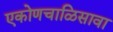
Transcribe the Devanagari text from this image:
एकोणचाळिसावा